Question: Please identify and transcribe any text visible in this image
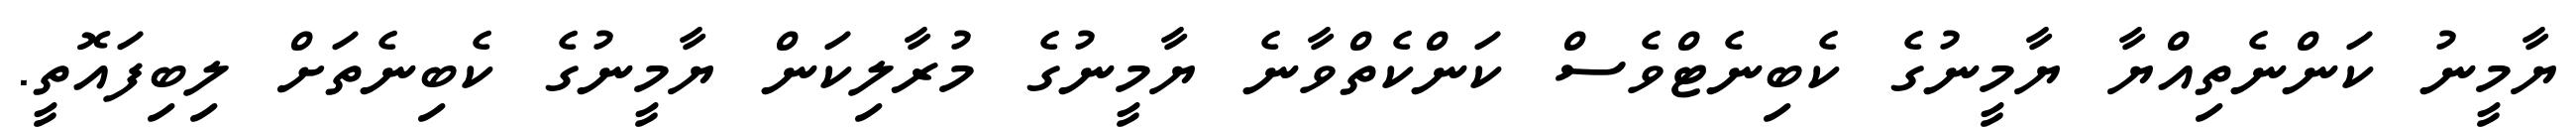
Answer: ޔާމީނު ކަންނެތިއްޔާ ޔާމީނުގެ ކެބިނެޓްވެސް ކަންކެތްވާނެ ޔާމީނުގެ މުރާލިކަން ޔާމީނުގެ ކެބިނެތަށް ލިބިފައޮތީ.